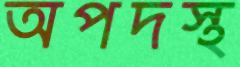
অপদস্থ